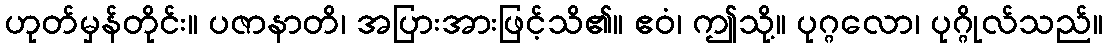
ဟုတ်မှန်တိုင်း။ ပဇာနာတိ၊ အပြားအားဖြင့်သိ၏။ ဧဝံ၊ ဤသို့။ ပုဂ္ဂလော၊ ပုဂ္ဂိုလ်သည်။